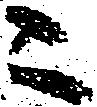
ニ